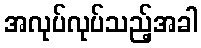
အလုပ်လုပ်သည့်အခါ